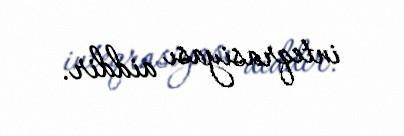
inteqrasiyası aiddir.